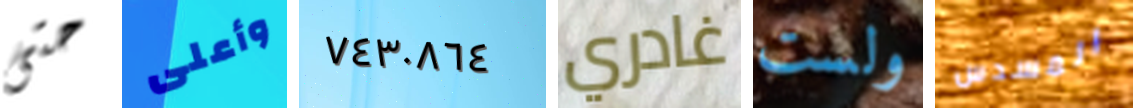
حتى وأعلى ٧٤٣٠٨٦٤ غادري ولست المسدس